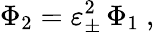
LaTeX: \Phi_{2}=\varepsilon_{\pm}^{2}\, \Phi_{1}\ ,